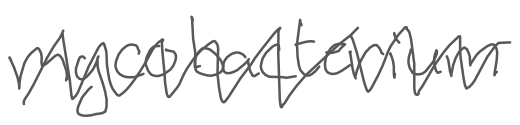
Text: mycobacterium
Cross-out: zig-zag
Writing tool: digital_gray